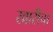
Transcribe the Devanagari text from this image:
खारीचा